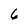
Character: 6